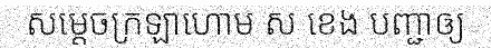
សម្តេចក្រឡាហោម ស ខេង បញ្ជាឲ្យ